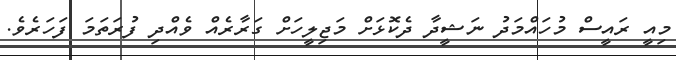
މިއީ ރައީސް މުހައްމަދު ނަޝީދާ ދެކޮޅަށް މަޖިލީހަށް ގަރާރެއް ވެއްދި ފުރަތަމަ ފަހަރެވެ.